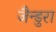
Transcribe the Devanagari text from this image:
जैन्डुरा